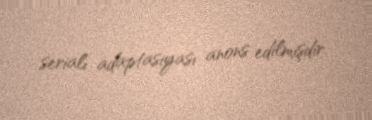
serialı adaptasiyası anons edilmişdir.